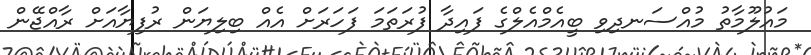
މައުލޫމާތު މުއްސަނދިވި ބީއެމްއެލްގެ ފައިދާ ފުރަތަމަ ފަހަރަށް އެއް ބިލިޔަން ރުފިޔާއަށް ރާއްޖޭން